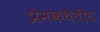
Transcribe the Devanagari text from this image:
प्रेमकथेतील